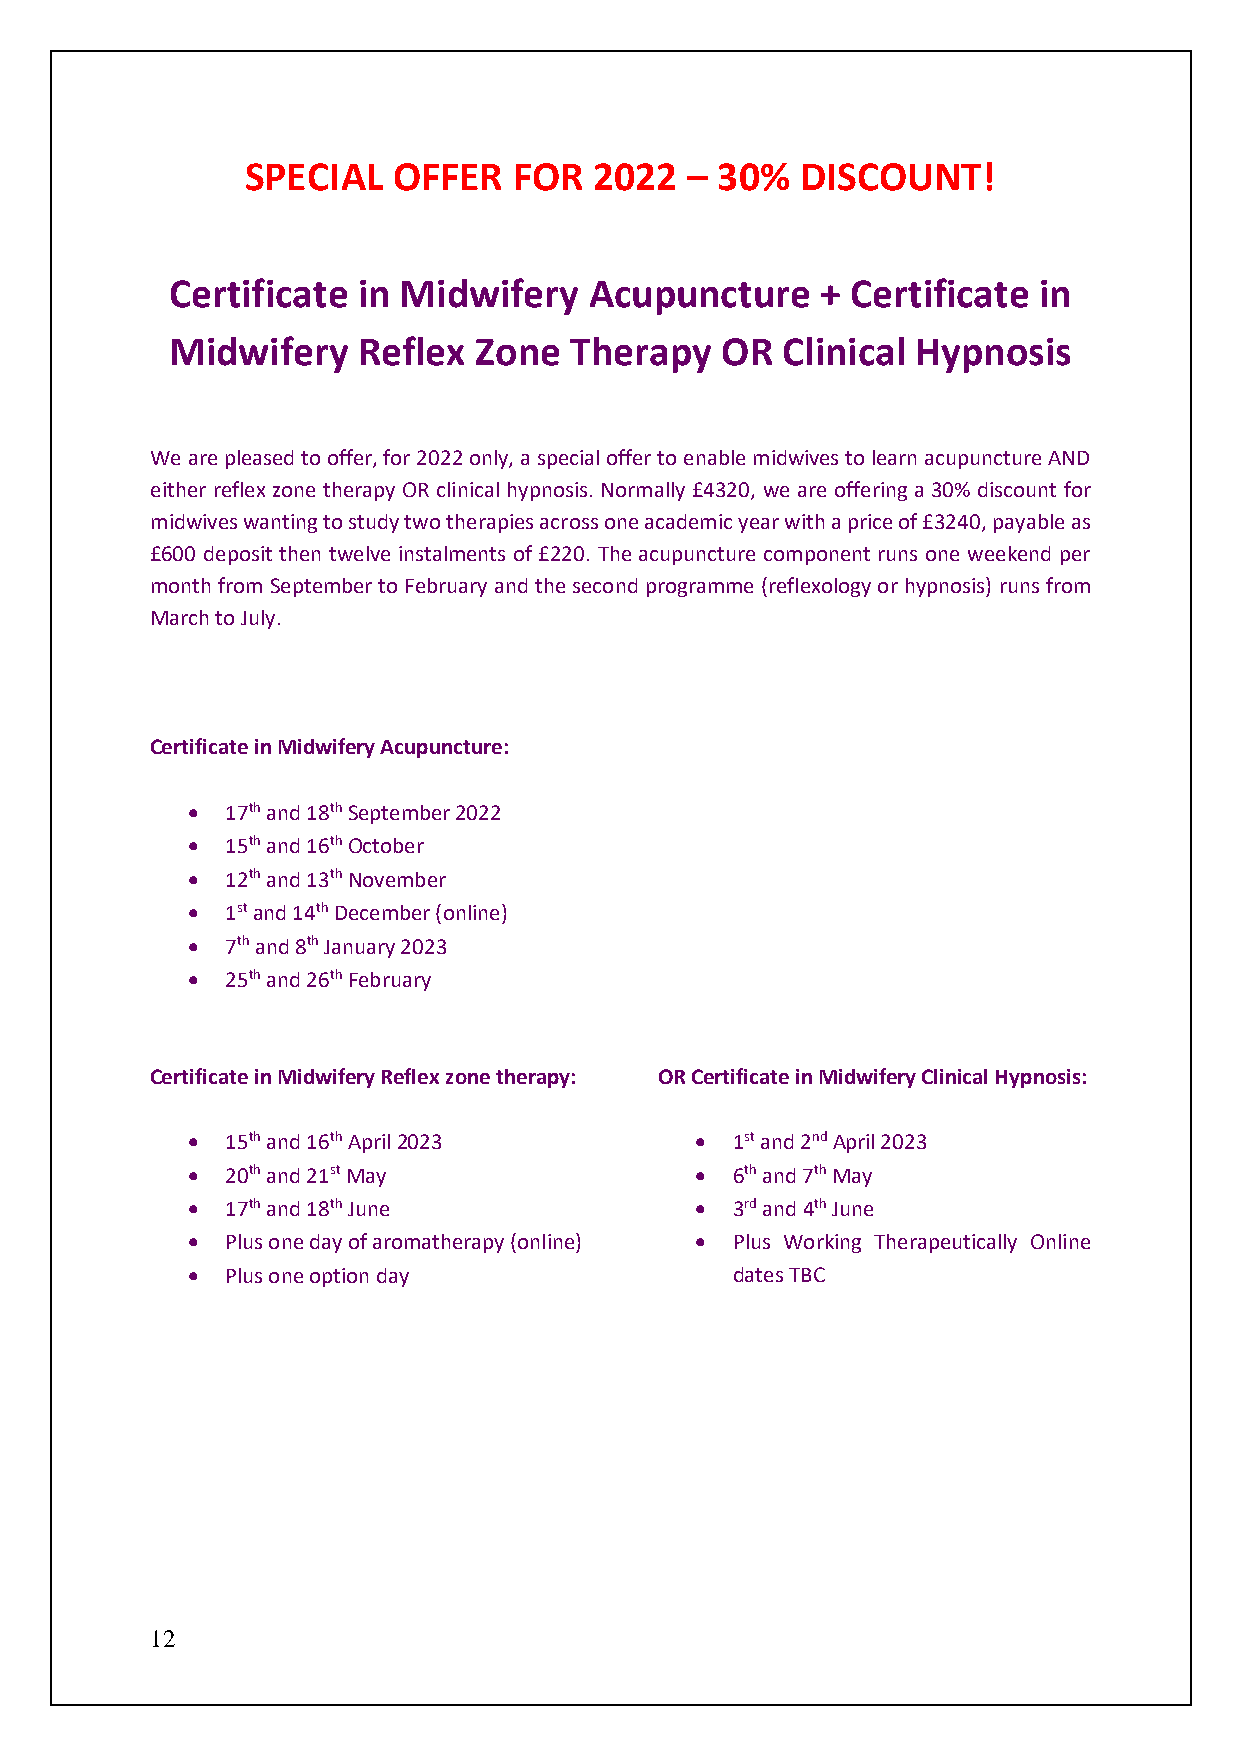
SPECIAL   OFFER   FOR  2022  – 30%   DISCOUNT!
 Certificate  in Midwifery   Acupuncture    + Certificate  in
 Midwifery    Reflex Zone   Therapy   OR  Clinical Hypnosis
 We are pleased to offer, for 2022 only, a special offer to enable midwives to learn acupuncture AND
 either reflex zone therapy OR clinical hypnosis. Normally £4320, we are offering a 30% discount for
 midwives wanting to study two therapies across one academic year with a price of £3240, payable as
 £600 deposit then twelve instalments of £220. The acupuncture component runs one weekend per
 month from September to February and the second programme (reflexology or hypnosis) runs from
 March to July.
 Certificate in Midwifery Acupuncture:
 •  17th and 18th September 2022
 •  15th and 16th October
 •  12th and 13th November
 •  1st and 14th December (online)
 •  7th and 8th January 2023
 •  25th and 26th February
 Certificate in Midwifery Reflex zone therapy: OR Certificate in Midwifery Clinical Hypnosis:
 •  15th and 16th April 2023       • 1st and 2nd April 2023
 •  20th and 21st May              • 6th and 7th May
 •  17th and 18th June             • 3rd and 4th June
 •  Plus one day of aromatherapy (online) • Plus Working Therapeutically Online
 •  Plus one option day              dates TBC
 12